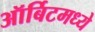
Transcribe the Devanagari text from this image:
ऑर्बिटमध्ये